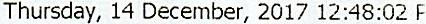
THURSDAY, 14 DECEMBER, 2017 12:48:02 F